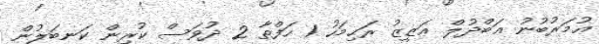
ޢުމަރުބުނު ޢަބްދުލް ޢަޒީޒު ރަޙިމަހު 1 ހަފްތާ 2 ދުވަސް ކުރިން ކަނބަލުން